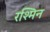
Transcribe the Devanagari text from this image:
रश्मिन